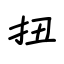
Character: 扭